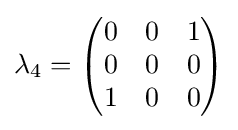
\lambda _{4}={\begin{pmatrix}0&0&1\\0&0&0\\1&0&0\end{pmatrix}}